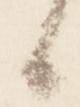
候